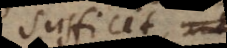
sufficit